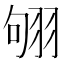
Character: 𦐛